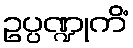
ဥပ္ပဏ္ဍုကိံ